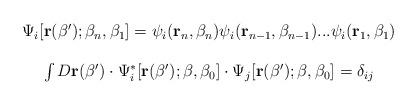
LaTeX: \begin{align*}\begin{array}{c}\Psi _i[ {\bf r}(\beta ^{\prime });\beta _n,\beta _1]=\psi _i({\bf r}_n,\beta _n)\psi_i({\bf r}_{n-1},\beta _{n-1})...\psi _i({\bf r}_1,\beta _1) \\ \\ \int D{\bf r}(\beta ^{\prime })\cdot \Psi _i^{*}[{\bf r}(\beta ^{\prime});\beta ,\beta _0]\cdot \Psi _j[{\bf r}(\beta ^{\prime });\beta ,\beta_0]=\delta _{ij} \end{array}\end{align*}